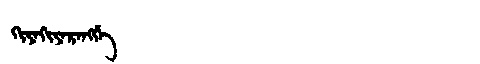
Manchu: ᡴᡳᠶᠠᡴᡳᠶᠠᡵᠠᠩᡤᡝ
Romanization: KIYAKIYARANGGE